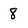
Character: 8